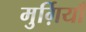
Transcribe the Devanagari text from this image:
मुर्ग़ियाँ